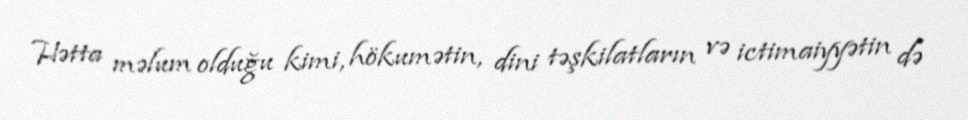
Hətta məlum olduğu kimi, hökumətin, dini təşkilatların və ictimaiyyətin də